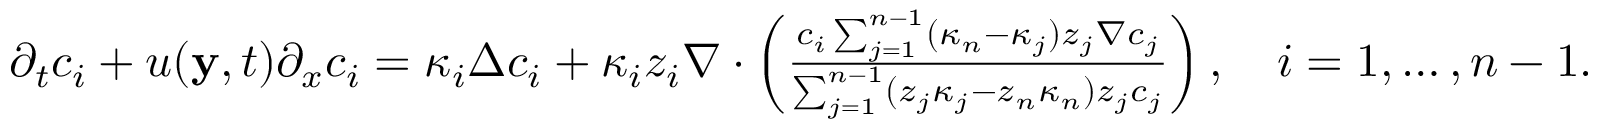
\begin{array} { r l } & { \partial _ { t } c _ { i } + u ( \mathbf { y } , t ) \partial _ { x } c _ { i } = \kappa _ { i } \Delta c _ { i } + \kappa _ { i } z _ { i } \nabla \cdot \left( \frac { c _ { i } \sum _ { j = 1 } ^ { n - 1 } ( \kappa _ { n } - \kappa _ { j } ) z _ { j } \nabla c _ { j } } { \sum _ { j = 1 } ^ { n - 1 } ( z _ { j } \kappa _ { j } - z _ { n } \kappa _ { n } ) z _ { j } c _ { j } } \right) , \quad i = 1 , \hdots , n - 1 . } \end{array}